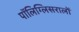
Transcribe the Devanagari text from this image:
पॉलिग्लिसरालों